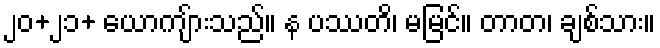
၂၀+၂၁+ ယောကျ်ားသည်။ န ပဿတိ၊ မမြင်။ တာတ၊ ချစ်သား။